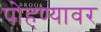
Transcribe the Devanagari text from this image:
पोहण्यावर